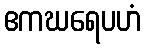
ဧကဃရေပဟံ